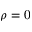
\rho = 0